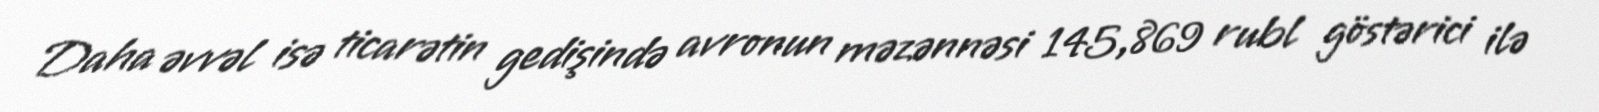
Daha əvvəl isə ticarətin gedişində avronun məzənnəsi 145,869 rubl göstərici ilə